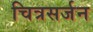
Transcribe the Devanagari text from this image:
चित्रसर्जन